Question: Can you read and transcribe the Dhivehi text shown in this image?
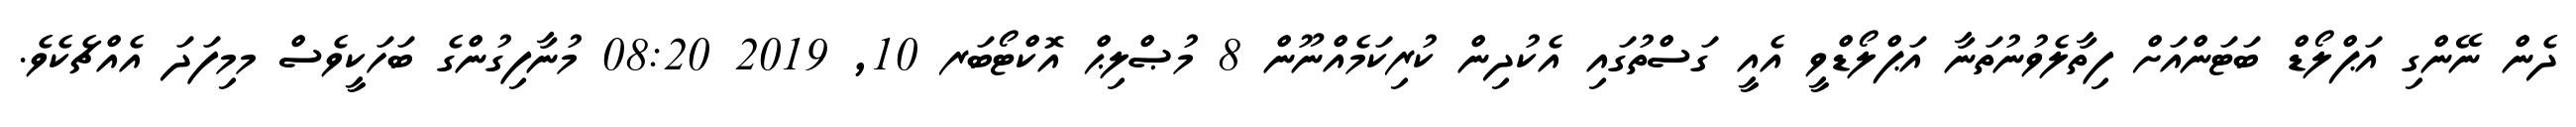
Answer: ދެން ނޭންގި އަޕްލޯޑް ބަޓަންއަށް ފިތާލެވުނުތަނާ އަޕްލޯޑްވީ އެއީ ގަސްތުގައި އެކުދިން ކުރިކަމެއްނޫން 8 މުޞްލިޙް އޮކްޓޯބަރ 10, 2019 08:20 މުނާފިގުންގެ ބަހަކީވެސް މމިފަދަ އެއްޗެކެވެ.